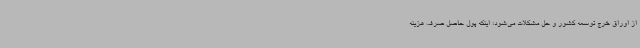
از اوراق خرج توسعه کشور و حل مشکلات می‌شود؛ اینکه پول حاصل صرف هزینه